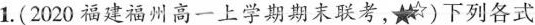
1.(2020福建福州高一上学期期末联考，)下列各式